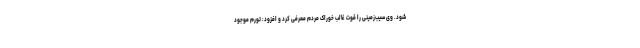
شود. وی سیب‌زمینی را قوت غالب خوراک مردم معرفی کرد و افزود: تورم موجود